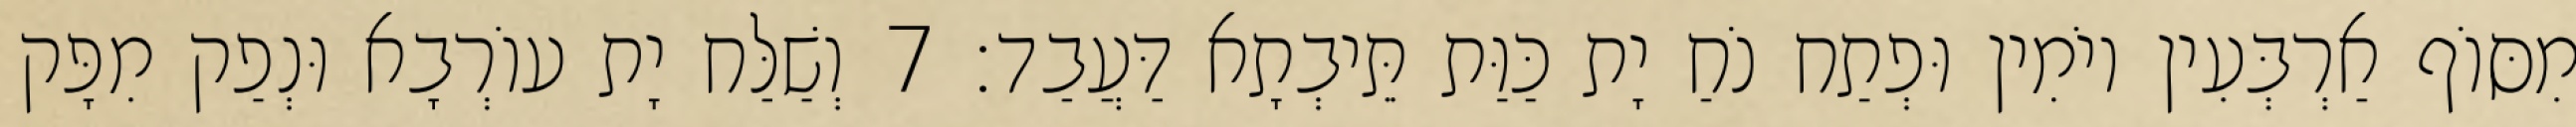
מִסּוֹף אַרְבְּעִין יוֹמִין וּפְתַח נֹחַ יָת כַּוַּת תֵּיבְתָא דַּעֲבַד׃ 7 וְשַׁלַּח יָת עוֹרְבָא וּנְפַק מִפָּק